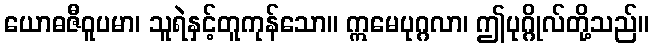
ယောဓဇီဝူပမာ၊ သူရဲနှင့်တူကုန်သော။ ဣမေပုဂ္ဂလာ၊ ဤပုဂ္ဂိုလ်တို့သည်။